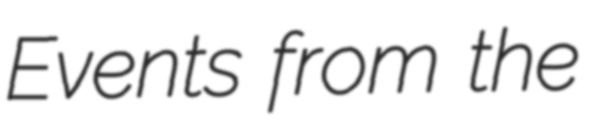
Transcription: Events from the